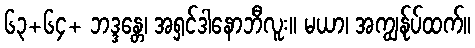
၆၃+၆၄+ ဘဒ္ဒန္တေ၊ အရှင်ဒါနောဘီလူး။ မယာ၊ အကျွန်ုပ်ထက်။